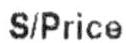
S/PRICE